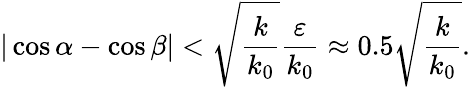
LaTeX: |\cos\alpha-\cos\beta|<\sqrt{\frac{k}{k_{0}}}\frac{\varepsilon}{k_{0}}\approx 0.5\sqrt{\frac{k}{k_{0}}}.